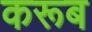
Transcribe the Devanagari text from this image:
करूब